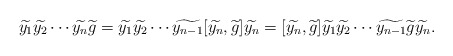
\begin{align*} \widetilde{y_1}\widetilde{y_2}\cdots \widetilde{y_n}\widetilde{g}&=\widetilde{y_1}\widetilde{y_2}\cdots\widetilde{y_{n-1}} [\widetilde{y_n},\widetilde{g}]\widetilde{y_n}=[\widetilde{y_n},\widetilde{g}]\widetilde{y_1}\widetilde{y_2}\cdots\widetilde{y_{n-1}} \widetilde{g}\widetilde{y_n}.\end{align*}